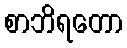
စာဘိရတော